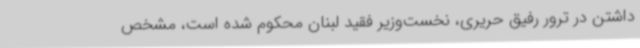
داشتن در ترور رفیق حریری، نخست‌وزیر فقید لبنان محکوم شده است، مشخص